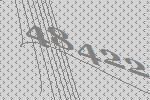
48422